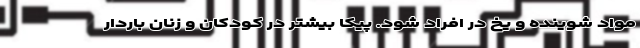
مواد شوینده و یخ در افراد شود. پیکا بیشتر در کودکان و زنان باردار